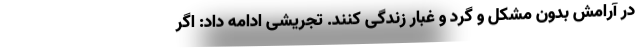
در آرامش بدون مشکل و گرد و غبار زندگی کنند. تجریشی ادامه داد: اگر